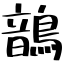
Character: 鶕